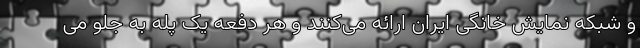
و شبکه نمایش خانگی ایران ارائه می‌کنند و هر دفعه یک پله به جلو می